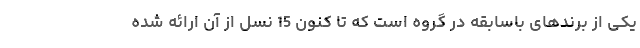
یکی از برندهای باسابقه در گروه است که تا کنون 15 نسل از آن ارائه شده